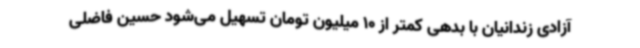
آزادی زندانیان با بدهی کمتر از 10 میلیون تومان تسهیل می‌شود حسین فاضلی